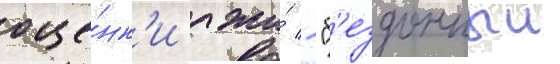
оце́нк'и лжи́ - "б'ездонныи